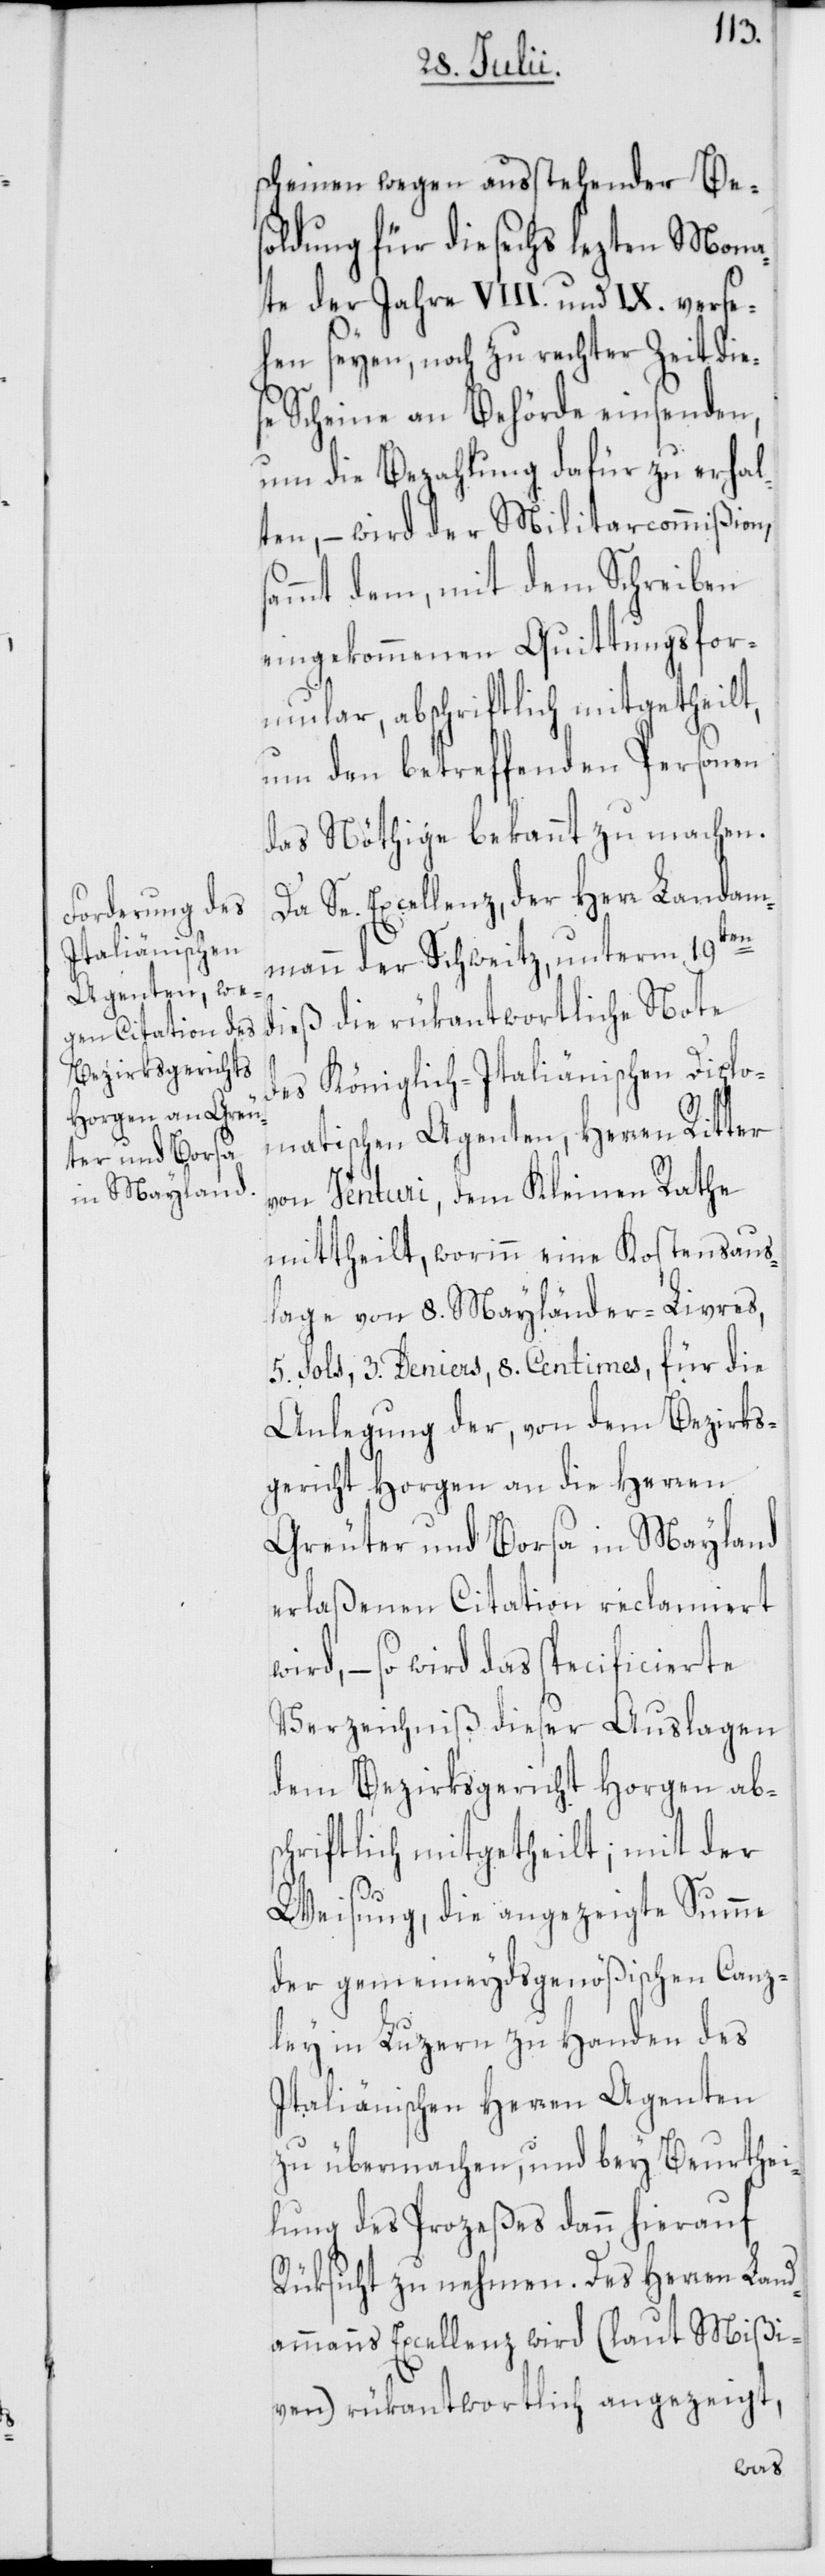
scheinen wegen ausstehender Be¬
soldung für die sechs lezten Mona¬
te der Jahre VIII. und IX. verse¬
hen seyen, noch zu rechter Zeit die¬
se Scheine an Behörde einsenden,
um die Bezahlung dafür zu erhal¬
ten, – wird der Militaircommißion,
sammt dem, mit dem Schreiben
eingekommenen Quittungsfor¬
mular, abschriftlich mitgetheilt,
und den betreffenden Personen
das Nöthige bekannt zu machen.
Da Se. Excellenz, der Herr Landam¬
mann der Schweitz, unterm 19ten
dieß die rükantwortliche Note
des Königlich-Italiänischen Diplo¬
matischen Agenten, Herren Ritter
von Venturi, dem Kleinen Rathe
mittheilt, worinn eine Kostensaus¬
lage von 8. Mayländer-Livres,
5. Sols, 3. Deniers, 8. Centimes, für die
Anlegung der, von dem Bezirks¬
gericht Horgen an die Herren
Greuter und Borsa in Mayland
erlaßenen Citation reclamiert
wird, – so wird das specificierte
Verzeichniß dieser Auslagen
dem Bezirksgericht Horgen abs¬
chriftlich mitgetheilt; mit der
Weisung, die angezeigte Summe
der gemeineydsgenößischen Canz¬
ley in Luzern zu Handen des
Italiänischen Herren Agenten
zu übermachen, und bey Beurthei¬
lung des Prozeßes dann hierauf
Rüksicht zu nehmen. Des Herren Land¬
ammanns Excellenz wird (laut Mißi¬
ven) rükantwortlich angezeigt,